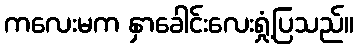
ကလေးမက နှာခေါင်းလေးရှုံ့ပြသည်။